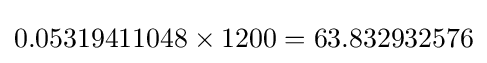
0.05319411048\times 1200=63.832932576